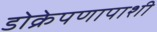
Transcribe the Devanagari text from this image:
डोक्रेपणापाशी